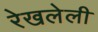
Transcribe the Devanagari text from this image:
रेखलेली